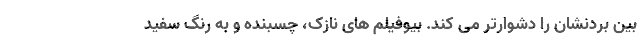
بین بردنشان را دشوارتر می کند. بیوفیلم های نازک، چسبنده و به رنگ سفید